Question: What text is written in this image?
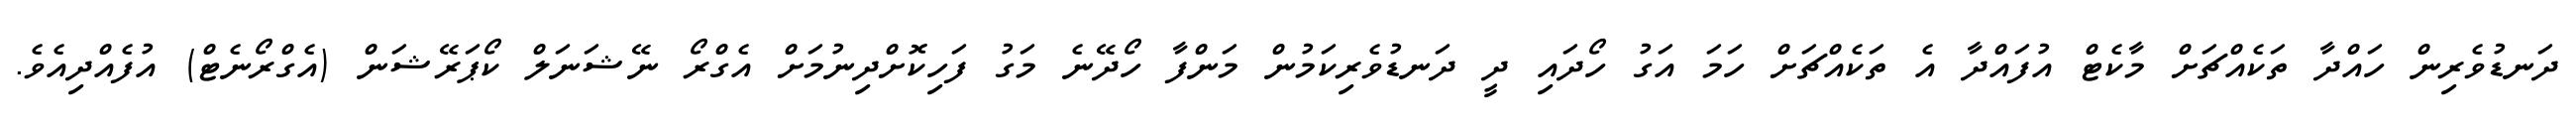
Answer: ދަނޑުވެރިން ހައްދާ ތަކެއްޗަށް މާކެޓް އުފައްދާ އެ ތަކެއްޗަށް ހަމަ އަގު ހޯދައި ދީ ދަނޑުވެރިކަމުން މަންފާ ހޯދޭނެ މަގު ފަހިކޮށްދިނުމަށް އެގްރޯ ނޭޝަނަލް ކޯޕަރޭޝަން (އެގްރޯނެޓް) އުފެއްދިއެވެ.